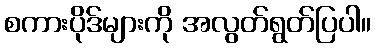
စကားပိုဒ်များကို အလွတ်ရွတ်ပြပါ။